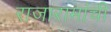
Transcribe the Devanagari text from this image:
राजारामांची